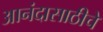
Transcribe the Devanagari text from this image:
आनंदासाठीचे